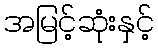
အမြင့်ဆုံးနှင့်